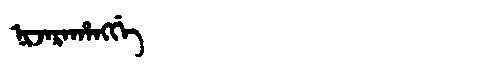
Manchu: ᠨᡳᠵᠠᡵᠠᡥᠠᠩᡤᡝ
Romanization: NIJARAHANGGE